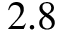
2 . 8